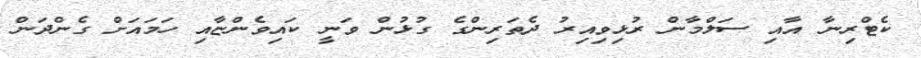
ކެޓްރިނާ އާއި ސަލްމާން ރުޅިވިއިރު ދެތަރިންގެ ގުޅުން ވަނީ ކައިވެންޏާއި ހަމައަށް ގެންދަން